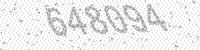
Solution: 648094